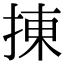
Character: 㨂